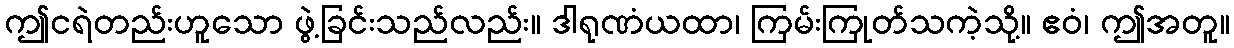
ဤငရဲတည်းဟူသော ဖွဲ့ခြင်းသည်လည်း။ ဒါရုဏံယထာ၊ ကြမ်းကြုတ်သကဲ့သို့။ ဧဝံ၊ ဤအတူ။